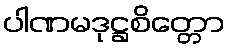
ပါဏမဒုဋ္ဌစိတ္တော